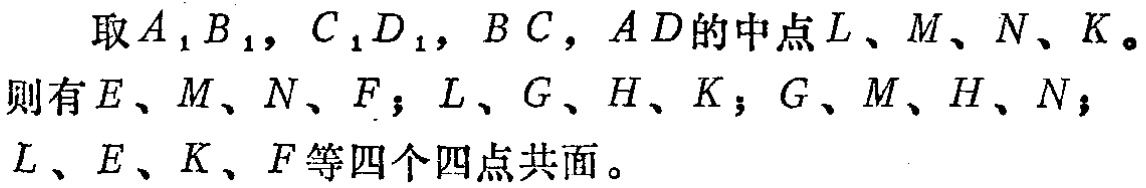
取\(A_{1}B_{1},C_{1}D_{1},BC,AD\)的中点\(L、M、N、K\)。
则有\(E、M、N、F\)；\(L、G、H、K\)；\(G、M、H、N\)；\(L、E、K、F\)等四个四点共面。